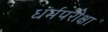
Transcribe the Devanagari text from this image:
धर्मपरीक्षा